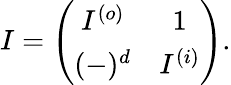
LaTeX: I=\left(\begin{array}{cc}{{I^{(o)}}}&{{1}}\\ {{(-)^{d}}}&{{I^{(i)}}}\end{array}\right).